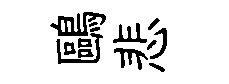
鷗悲